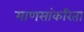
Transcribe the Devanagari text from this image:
माणसांकरिता